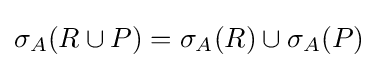
\sigma _{A}(R\cup P)=\sigma _{A}(R)\cup \sigma _{A}(P)